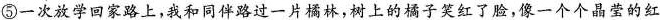
⑤一次放学回家路上，我和同伴路过一片橘林，树上的橘子笑红了脸，像一个个晶莹的红